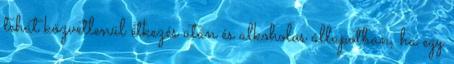
tehát közvetlenül étkezés után és alkoholos állapotban, ha egy